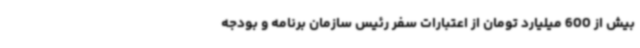
بیش از 600 میلیارد تومان از اعتبارات سفر رئیس سازمان برنامه و بودجه